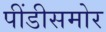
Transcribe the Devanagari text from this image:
पींडीसमोर